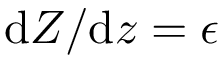
\mathrm { d } Z / \mathrm { d } z = \epsilon